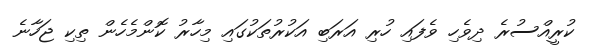
ކުރީއްސުރެ ދިވެހި ވެފައި ހުރި އަރަބި އަކުރުތަކުގައި މިހާރު ކޮންމެހެން ތިކި ޖަހާނެ